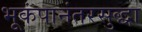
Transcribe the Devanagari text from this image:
भूकंपानंतरसुद्धा